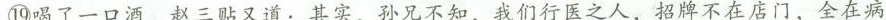
⑲喝了一口酒，赵三贴又道：其实，孙兄不知，\underline{我们行医之人，招牌不在店门，全在病}